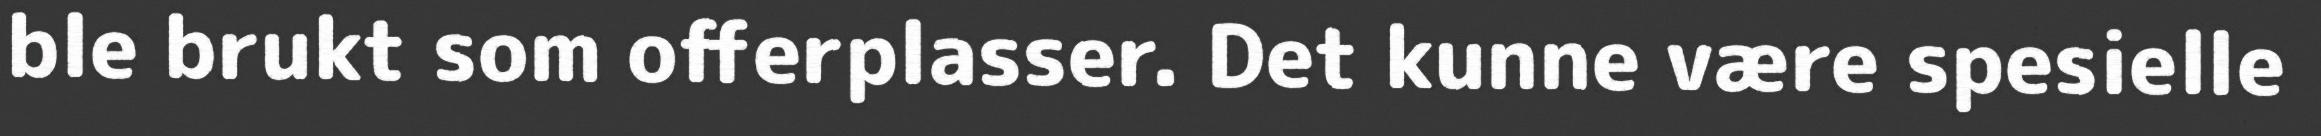
ble brukt som offerplasser. Det kunne være spesielle